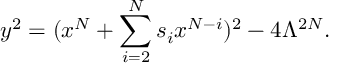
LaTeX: y ^ { 2 } = ( x ^ { N } + \sum _ { i = 2 } ^ { N } s _ { i } x ^ { N - i } ) ^ { 2 } - 4 \Lambda ^ { 2 N } .